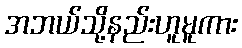
အဘယ်သို့နည်းဟူမူကား